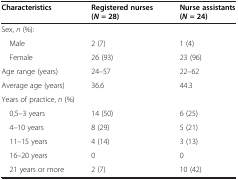
| Characteristics | Registered nurses (N= 28) | Nurse assistants (N= 24) |
 | --- | --- | --- |
 | Sex, n (%): |  |  |
 | Male | 2 (7) | 1 (4) |
 | Female | 26 (93) | 23 (96) |
 | Age range (years) | 24–57 | 22–62 |
 | Average age (years) | 36.6 | 44.3 |
 | <COLSPAN=3> Years of practice, n (%) |
 | 0,5–3 years | 14 (50) | 6 (25) |
 | 4–10 years | 8 (29) | 5 (21) |
 | 11–15 years | 4 (14) | 3 (13) |
 | 16–20 years | 0 | 0 |
 | 21 years or more | 2 (7) | 10 (42) |